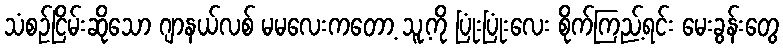
သံစဉ်ငြိမ်းဆိုသော ဂျာနယ်လစ် မမလေးကတော့ သူ့ကို ပြုံးပြုံးလေး စိုက်ကြည့်ရင်း မေးခွန်းတွေ